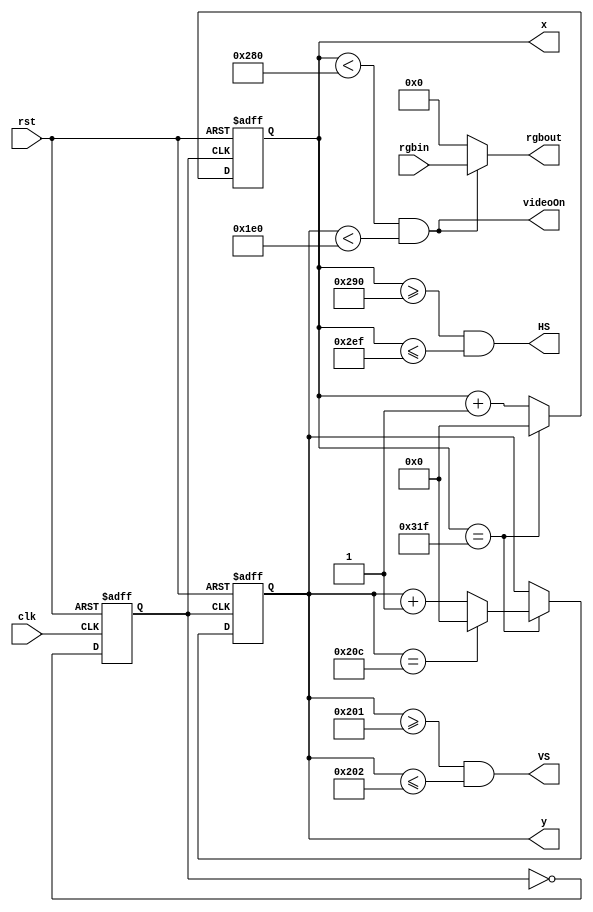
`timescale 1ns / 1ps

module vgadriver
	(
		input clk, input rst,
		input [7:0] rgbin,
		output [7:0] rgbout,
		output videoOn,
		output reg [9:0] x, 
		output reg [9:0] y,
		output HS, output VS
	);
	localparam width = 640;
	localparam height = 480;
	
	localparam borderWR = 16;
	localparam borderWL = 48;
	localparam hRetrace = 96;
	
	localparam borderHT = 10;
	localparam borderHB = 33;
	localparam vRetrace = 2;
	
	localparam maxWidth = width + borderWR + borderWL + hRetrace - 1;
	localparam maxHeight = height + borderHT + borderHB + vRetrace - 1;
		
	localparam hRetraceStart = width + borderWR;
	localparam vRetraceStart = height + borderHB;
	
	localparam hRetraceEnd = hRetraceStart + hRetrace - 1;
	localparam vRetraceEnd = vRetraceStart  + vRetrace - 1;
		
	//clkdiv by 2
	
	reg gclk;
	always @ (posedge clk, posedge rst) begin
		if (rst) gclk <= 0;
		else gclk <= ~gclk;
	end

	
	//pixel trackers

	always @ (posedge gclk, posedge rst) begin
		if (rst) begin
			y <= 0;
			x <= 0;
		end
		else begin
			y <= (x == maxWidth) ? (y == maxHeight ? 0 : y + 1) : y;
			x <= (x == maxWidth) ? 0 : x + 1;
		end
	end

	assign videoOn = (x < width) && (y < height); //
		
	//HS and VS (active low)
	assign HS = (x >= hRetraceStart) && (x <= hRetraceEnd);
	assign VS = (y >= vRetraceStart) && (y <= vRetraceEnd);
	assign rgbout = (videoOn)? rgbin : 8'b0; //
endmodule